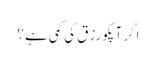
اگر آپکو رزق کی کمی ہے ؟